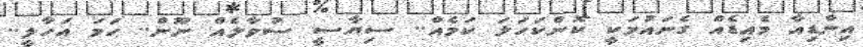
އިންޑިއާ މެއިޑެއް ގެނައުމަކީ ކޮންކަހަލަ ކަމެއް.. ސިޔާސީ ސުވާލެއް ނޫން.. ހަމަ އަހާލީ..